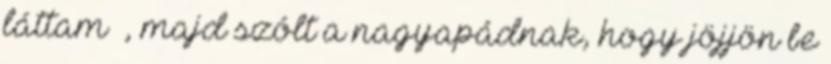
láttam –, majd szólt a nagyapádnak, hogy jöjjön be